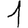
Digit: 1